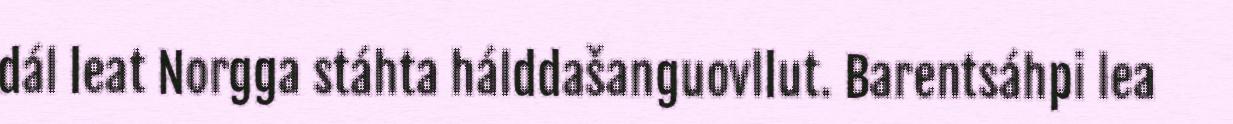
dál leat Norgga stáhta hálddašanguovllut. Barentsáhpi lea